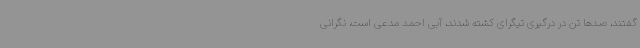
گفتند، صدها تن در درگیری تیگرای کشته شدند، آبی احمد مدعی است، نگرانی